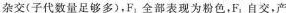
杂交(子代数量足够多)，F_{1}全部表现为粉色。F_{1}自交，产